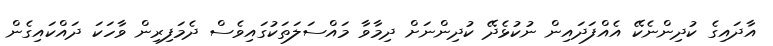
އާދައިގެ ކުދިންނެކޭ އެއްފަދައިން ނުކުޅެދޭ ކުދިންނަށް ދިމާވާ މައްސަލަތަކުގައިވެސް ދެމަފިރިން ވާހަކަ ދައްކައިގެން